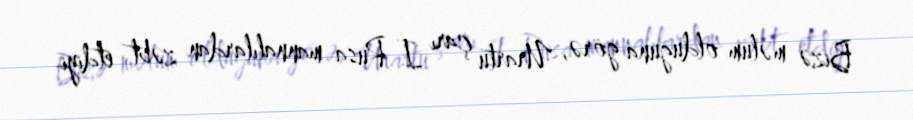
Bizə məlum olduğuna görə, Urartu çarı I Rusa mannalılardan zəbt etdiyi